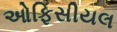
ઓફિસીયલ